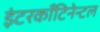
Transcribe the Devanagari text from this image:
इंटरकाँटिनेन्टल